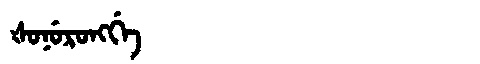
Manchu: ᡧᠣᠨᡠᡵᠣᠩᡤᡝ
Romanization: ŠONURONGGE